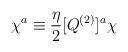
LaTeX: \begin{align*}\chi^a \equiv {\eta \over 2} [Q^{(2)}]^a \chi\end{align*}